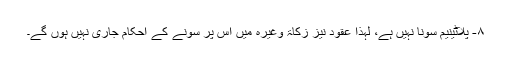
۸- پلاٹینیم سونا نہیں ہے، لہٰذا عقود نیز زکاۃ وغیرہ میں اس پر سونے کے احکام جاری نہیں ہوں گے۔